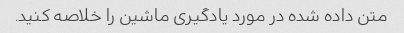
متن داده شده در مورد یادگیری ماشین را خلاصه کنید.